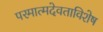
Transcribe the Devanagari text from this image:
परमात्मदेवताविशेष